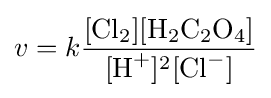
v=k{\frac {{\ce {[Cl2][H2C2O4]}}}{[{\ce {H+}}]^{2}[{\ce {Cl^-}}]}}